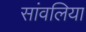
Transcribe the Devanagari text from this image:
सांवलिया